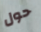
حول